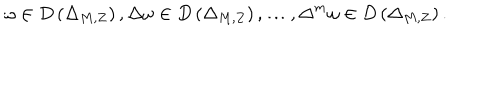
LaTeX: \omega \in D \left( \Delta _ { M , Z } \right) , \Delta \omega \in D \left( \Delta _ { M , Z } \right) , \ldots , \Delta ^ { m } \omega \in D \left( \Delta _ { M , Z } \right) .